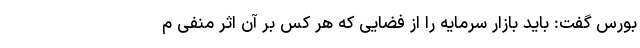
بورس گفت: باید بازار سرمایه را از فضایی که هر کس بر آن اثر منفی م